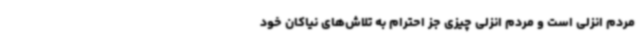
مردم انزلی است و مردم انزلی چیزی جز احترام به تلاش‌های نیاکان خود